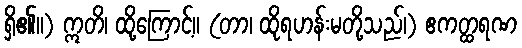
ရှိ၏။) ဣတိ၊ ထို့ကြောင့်။ (တာ၊ ထိုရဟန်းမတို့သည်၊) ဧကတ္ထရဏ